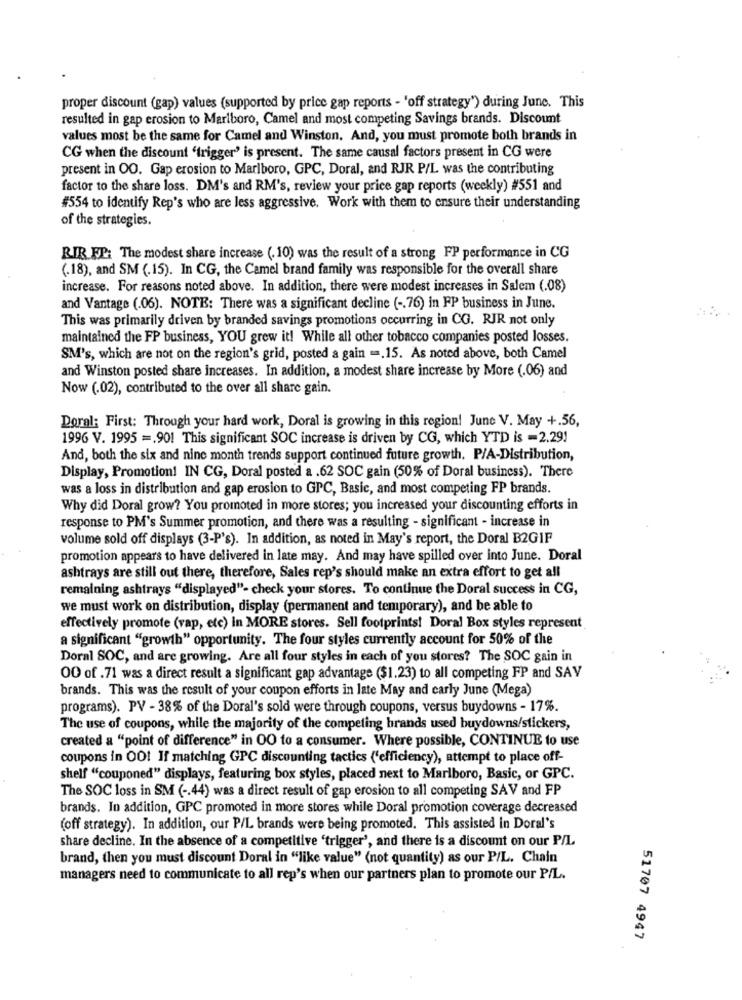
proper discount (gap) values (supported by price gap reports - 'off strategy') during June. This
resulted in gap erosion to Marlboro, Camel and most competing Savings brands. Discount
values most be the same for Camel and Winston, And, you must promote both brands in
CG when the discount 'trigger' is present. The same causal factors present in CG were
present in OO. Gap erosion to Marlboro, GPC, Doral, and RJR P/L was the contributing
factor to the share loss. DM's and RM's, review your price gap reports (weekly) #551 and
#554 to identify Rep's who are less aggressive. Work with them to ensure their understanding
of the strategies.
RIR.FP: The modest share increase (. 10) was the result of a strong FP performance in CG
(.18), and SM (.15). In CG, the Camel brand family was responsible for the overall share
increase. For reasons noted above. In addition, there were modest increases in Salem (.08)
and Vantage (.06). NOTE: There was a significant decline ( -. 76) in FP business in June.
This was primarily driven by branded savings promotions occurring in CG. RIR not only
maintained the FP business, YOU grew it! While all other tobacco companies posted losses.
SM's, which are not on the region's grid, posted a gain -. 15. As noted above, both Camel
and Winston posted share increases. In addition, a modest share increase by More (.06) and
Now (.02), contributed to the over all share gain.
Doral: First: Through your hard work, Doral is growing in this region! June V. May +.56,
1996 V. 1995 =. 901 This significant SOC increase is driven by CG, which YTD is -2.291
And, both the six and nine month trends support continued future growth. P/A-Distribution,
Display, Promotion! IN CG, Doral posted a .62 SOC gain (50% of Doral business). There
was a loss in distribution and gap erosion to GPC, Basic, and most competing FP brands.
Why did Doral grow? You promoted in more stores; you increased your discounting efforts in
response to PM's Summer promotion, and there was a resulting - significant - increase in
volume sold off displays (3-P's). In addition, as noted in May's report, the Doral B2GIF
promotion appears to have delivered in late may. And may have spilled over into June. Doral
ashtrays are still out there, therefore, Sales rep's should make an extra effort to get all
remaining ashtrays "displayed"- check your stores. To continue the Doral success in CG,
we must work on distribution, display (permanent and temporary), and be able to
effectively promote (vap, etc) in MORE stores. Sell footprints! Doral Box styles represent
a significant "growth" opportunity. The four styles currently account for 50% of the
Doral SOC, and are growing. Are all four styles in each of you stores? The SOC gain in
00 of .71 was a direct result a significant gap advantage ($1.23) to all competing FP and SAV
brands. This was the result of your coupon efforts in late May and carly June (Mega)
programs). PV - 38% of the Doral's sold were through coupons, versus buydowns - 17%.
The use of coupons, while the majority of the competing brands used buydowns/stickers,
created a "point of difference" in OO to a consumer. Where possible, CONTINUE to use
coupons in OO! If matching GPC discounting tactics ('efficiency), attempt to place off-
shelf "couponed" displays, featuring box styles, placed next to Marlboro, Basic, or GPC.
The SOC loss in SM ( -. 44) was a direct result of gap erosion to all competing SAV and FP
brands. In addition, GPC promoted in more stores while Doral promotion coverage decreased
(off strategy). In addition, our P/L brands were being promoted. This assisted in Doral's
share decline. In the absence of a competitive 'trigger', and there is a discount on our P/L
brand, then you must discount Doral in "like value" (not quantity) as our P/L. Chain
managers need to communicate to all rep's when our partners plan to promote our P/L.
51707 4947